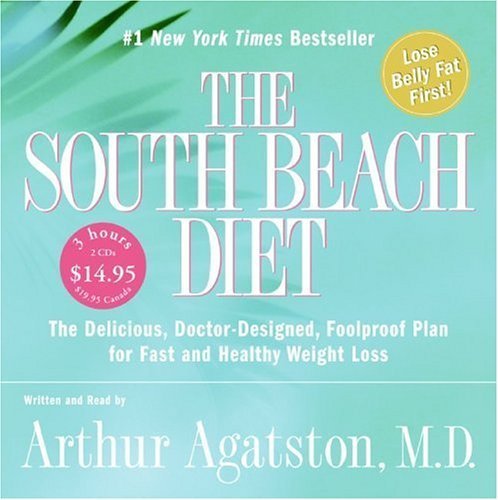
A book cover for The South Beach Diet by Arthur Agatston M.D. (2005) Audio CD; Health, Fitness & Dieting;